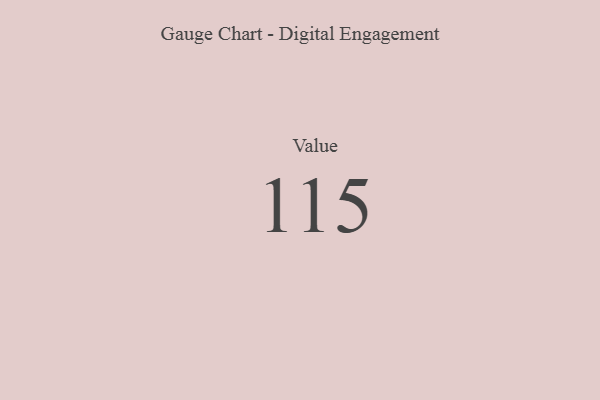
{"axis": {"x": "Metric", "y": "Value"}, "legend": [""], "data": [{"x": "Value", "y": 115, "type": ""}]}